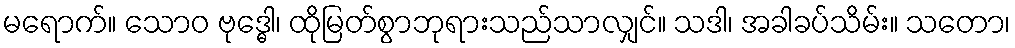
မရောက်။ သောဝ ဗုဒ္ဓေါ၊ ထိုမြတ်စွာဘုရားသည်သာလျှင်။ သဒါ၊ အခါခပ်သိမ်း။ သတော၊